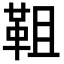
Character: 靻